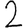
Digit: 2